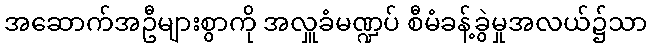
အဆောက်အဦများစွာကို အလှူခံမဏ္ဍပ် စီမံခန့်ခွဲမှုအလယ်၌သာ